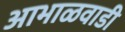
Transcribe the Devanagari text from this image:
आभाळवाडी